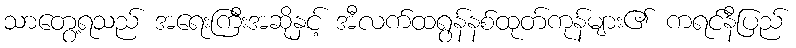
သာတွေ့ရသည် အရေးကြီးအဆိုနှင့် အီလက်ထရွန်နစ်ထုတ်ကုန်များ၏ ကရင်နီပြည်